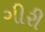
ગીરી